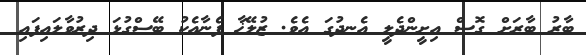
ބާރު ބާރަށް ގޮސް އިށީންދެލީ އެނދުގަ އެވެ. ޒުލޭޚާ ފެނާއެކު ބޭސްގުޅަ ދިރުވާލައިފައި